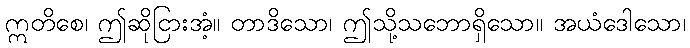
ဣတိစေ၊ ဤဆိုငြားအံ့။ တာဒိသော၊ ဤသို့သဘောရှိသော။ အယံဒေါသော၊